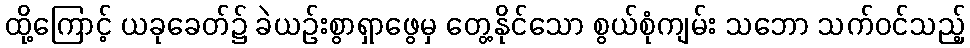
ထို့ကြောင့် ယခုခေတ်၌ ခဲယဉ်းစွာရှာဖွေမှ တွေ့နိုင်သော စွယ်စုံကျမ်း သဘော သက်ဝင်သည့်